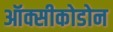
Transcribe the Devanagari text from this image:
ऑक्सीकोडोन